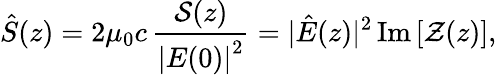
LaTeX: \hat{S}(z)=2\mu_{0}c\, \frac{\mathcal{S}(z)}{\left|E(0)\right|^{2}}=|\hat{E}(z)|^{2}\, \mathrm{Im}\left[\mathcal{Z}(z)\right],